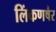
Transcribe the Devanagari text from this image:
लिंकणषैर